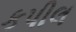
કપીલ